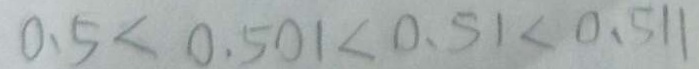
0 . 5 < 0 . 5 0 1 < 0 . 5 1 < 0 . 5 1 1